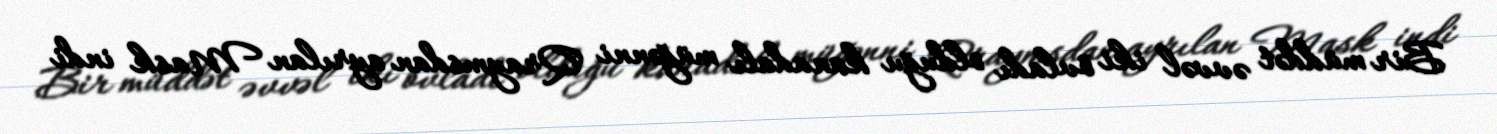
Bir müddət əvvəl iki övladı olduğu kanadalı müğənni Qraymsdan ayrılan Mask indi